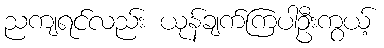
ညကျရင်လည်း ယုန်ချက်ကြပါဦးကွယ့်